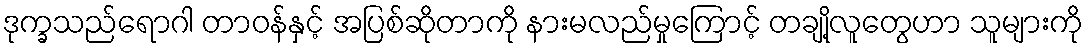
ဒုက္ခသည်ရောဂါ တာဝန်နှင့် အပြစ်ဆိုတာကို နားမလည်မှုကြောင့် တချို့လူတွေဟာ သူများကို